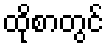
ထိုစာတွင်